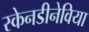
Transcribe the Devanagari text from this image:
स्केनडीनेविया